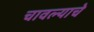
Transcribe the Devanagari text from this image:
चावल्याचे